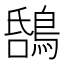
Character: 𪁝